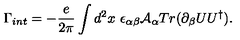
\Gamma _ { i n t } = - \frac { e } { 2 \pi } \int d ^ { 2 } x \ \epsilon _ { \alpha \beta } { \cal A } _ { \alpha } T r ( \partial _ { \beta } U U ^ { \dag } ) .